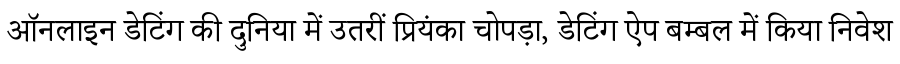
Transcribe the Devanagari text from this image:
ऑनलाइन डेटिंग की दुनिया में उतरीं प्रियंका चोपड़ा, डेटिंग ऐप बम्बल में किया निवेश